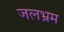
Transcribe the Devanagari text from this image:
जलभ्रम